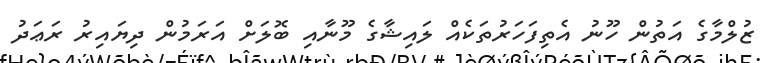
ޒުލްމާގެ އަތުން ހޫނު އެތިފަހަރުތަކެއް ލައިޝާގެ މޫނާއި ބޮލަށް އަރަމުން ދިޔައިރު ރަޢަދު